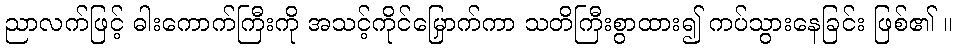
ညာလက်ဖြင့် ဓါးကောက်ကြီးကို အသင့်ကိုင်မြှောက်ကာ သတိကြီးစွာထား၍ ကပ်သွားနေခြင်း ဖြစ်၏ ။